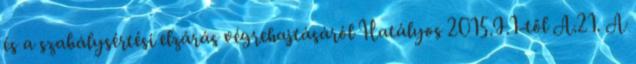
és a szabálysértési elzárás végrehajtásáról Hatályos 2015.I.1-től A.21. A